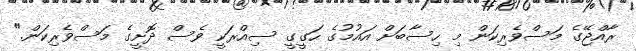
ރާއްޖޭގެ މަސްވެރިކަން މި ހިސާބަށް އައުމުގެ ހަގީގީ ސިއްރަކީ ވެސް ދޮށީގެ މަސްވެރިކަން."